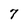
Character: 7